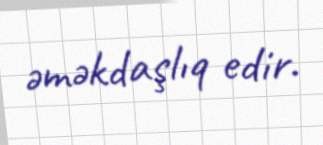
əməkdaşlıq edir.